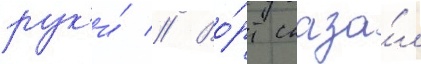
рук'и́ // Во́рт сказа́л